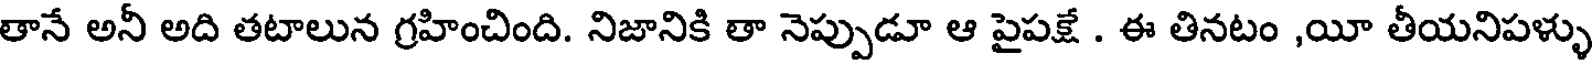
తానే అనీ అది తటాలున గ్రహించింది. నిజానికి తా నెప్పుడూ ఆ పైపక్షే . ఈ తినటం ,యీ తీయనిపళ్ళు